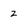
Character: z